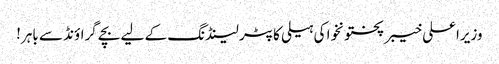
وزیراعلی خیبر پختونخوا کی ہیلی کاپٹر لینڈنگ کے لیے بچے گراؤنڈ سے باہر!